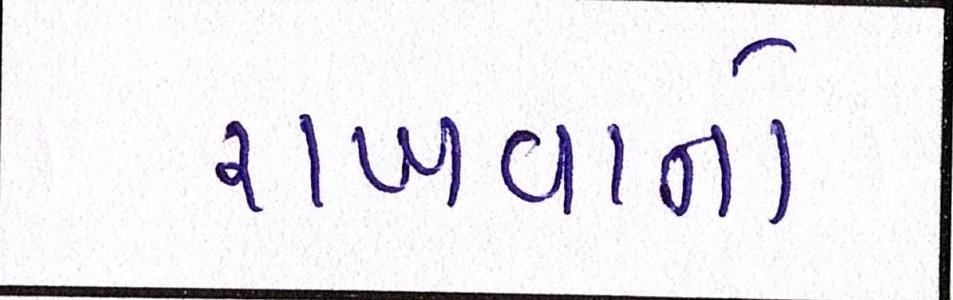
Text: રાખવાનો